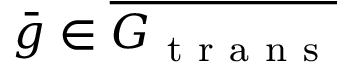
\bar { g } \in \overline { { G _ { \mathrm { ~ t ~ r ~ a ~ n ~ s ~ } } } }